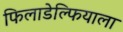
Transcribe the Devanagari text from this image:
फिलाडेल्फियाला